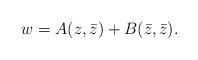
LaTeX: \begin{align*}w = A(z,\bar{z}) + B(\bar{z},\bar{z}) .\end{align*}